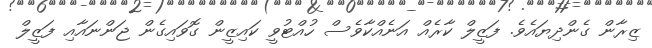
ޒިރާން ގެންދިޔައެވެެ. ފަޒީލް ކާރެއް އަނެއްކާވެސް ހުއްޓުވީ ކައިޒީން ގޮވައިގެން ޖަންނައާއި ފަޒީލް